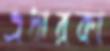
এধারকা